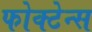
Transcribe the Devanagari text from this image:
फोक्टेन्स